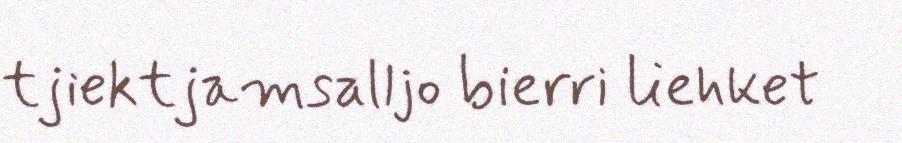
tjiektjamsalljo bierri liehket